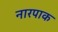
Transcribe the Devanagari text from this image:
नारपाक